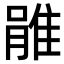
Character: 𨿔